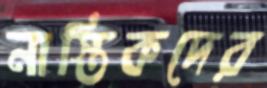
নাস্তিকদের